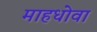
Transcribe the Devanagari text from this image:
माहधोवा